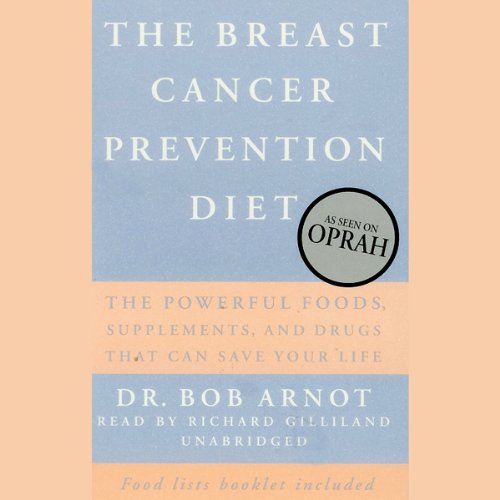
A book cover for The Breast Cancer Prevention Diet: The Powerful Foods, Supplements, and Drugs that Combat Breast Cancer; Dr. Bob Arnot; Health, Fitness & Dieting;